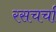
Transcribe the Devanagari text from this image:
रसचर्चा